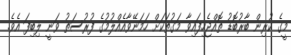
މީގެ ކުރިން ބާރުބޮޑު ތޮއްޖެހިފައިވާ މަގުތަކަށް ހަމަނޭވާއެއްލުމުގެ ފުރުސަތު ވަނީ ލިބިފަ އެވެ.